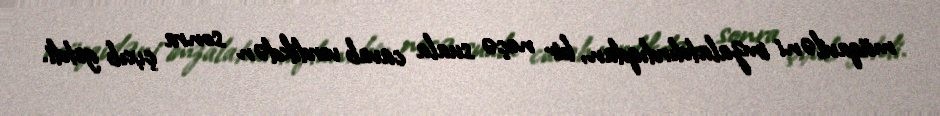
müqaviləni imzalatdırdıqdan, bir neçə suala cavab verdikdən sonra çıxıb getdi.